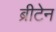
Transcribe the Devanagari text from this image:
ब्रीटेन